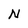
Character: N